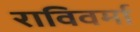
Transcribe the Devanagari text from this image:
राविवर्मा